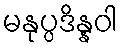
မနုပ္ပဒိန္နဝါ